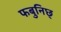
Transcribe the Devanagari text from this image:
फबुनिछ्